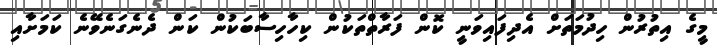
މީގެ އިތުރުން ހިދުމަތަށް އެދިފައިވަނީ ކޮން ފަރާތްތަކުން ކިހާހިސާބަކުން ކަން ދެނެގަނެވޭނެ ކަމަށާއި